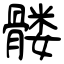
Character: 髅